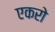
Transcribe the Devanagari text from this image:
एकरो